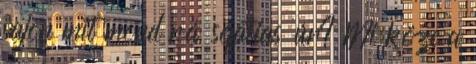
vajon mit mond rá sefatias úr? Mi köze a